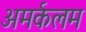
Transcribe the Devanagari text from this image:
अमर्कलम